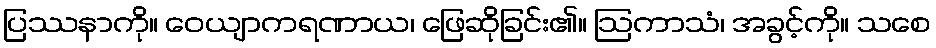
ပြဿနာကို။ ဝေယျာကရဏာယ၊ ဖြေဆိုခြင်း၏။ ဩကာသံ၊ အခွင့်ကို။ သစေ